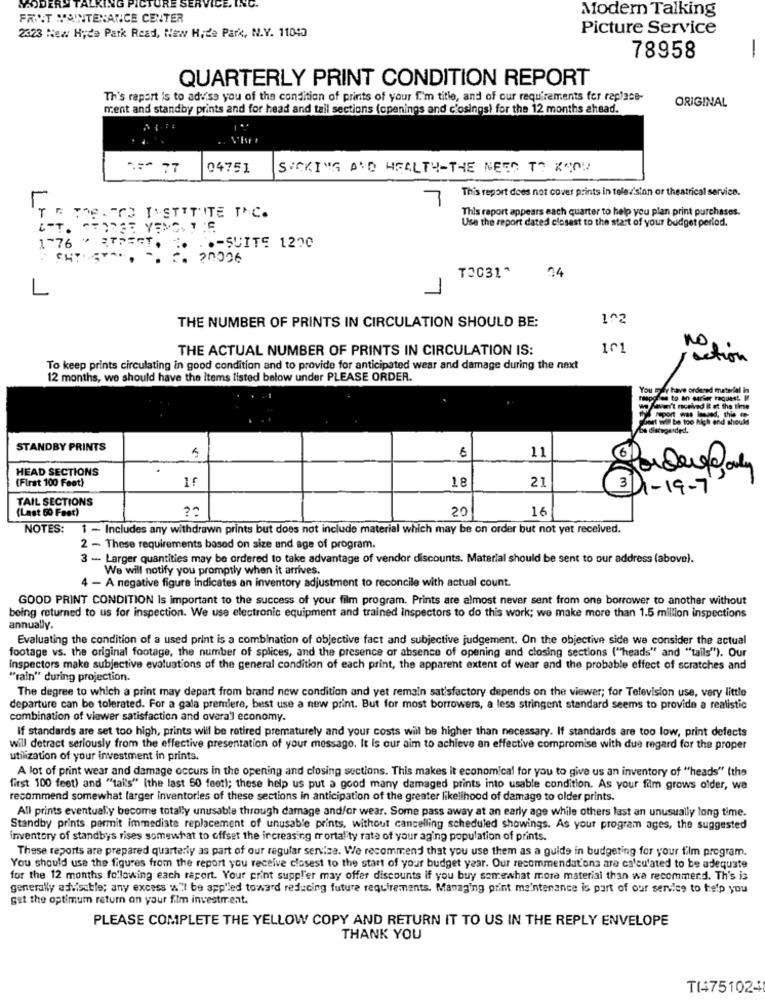
NG PICTURE SER
MODERS
ICE. INC.
Modern Talking
FRIST MAINTENANCE CENTER
2323 New Hyde Park Read, New Hide Park, N.Y. 11040
Picture Service
-
78958
QUARTERLY PRINT CONDITION REPORT
Th's repart is to advise you of the condition of prints of your f.'m title, and of our requirements for replace-
ORIGINAL
ment and standby prints and for head and tail sections (openings and c'osings) for the 12 months ahead.
N=" 77
04751
SUCKING AND HEALTH-THE NEED TO KNOU
This report does not cover prints in television or theatrical service.
7
This report appears each quarter to help you plan print purchases.
TOBAGO ISTTTITE INC.
Use the report dated closest to the start of your budget perlod.
1-76
.- SUITE 1200
-. 2. 20006
24
TO031^
1^2
THE NUMBER OF PRINTS IN CIRCULATION SHOULD BE:
THE ACTUAL NUMBER OF PRINTS IN CIRCULATION IS:
101
Notion
To keep prints circulating in good condition and to provide for anticipated wear and damage during the next
12 months, we should have the items listed below under PLEASE ORDER.
You may have ordered material In
respe des to an darker request
Kavur't received it at the time
report was landed, thie o
ut wil be too high and should
be disregarded.
STANDBY PRINTS
11
6
HEAD SECTIONS
18
21
(First 100 Feet)
3 1-19-7
TAIL SECTIONS
(Last 60 Fest)
20
16
NOTES: 1 - Includes any withdrawn prints but does not include material which may be on order but not yet received.
2 - These requirements based on size and age of program.
3 - Larger quantities may be ordered to take advantage of vendor discounts. Material should be sent to our address (above).
We will notify you promptly when it arrives.
4 - A negative figure indicates an inventory adjustment to reconcile with actual count.
GOOD PRINT CONDITION Is important to the success of your film program. Prints are almost never sent from one borrower to another without
being returned to us for inspection. We use electronic equipment and trained Inspectors to do this work; we make more than 1.5 million inspections
annually.
Evaluating the condition of a used print is a combination of objective fact and subjective judgement. On the objective side we consider the actual
footage vs. the original footage, the number of splices, and the presence or absence of opening and closing sections ("heads" and "tails"). Our
Inspectors make subjective evaluations of the general condition of each print, the apparent extent of wear and the probable effect of scratches and
"rain" during projection.
The degree to which a print may depart from brand new condition and yet remain satisfactory depends on the viewer; for Television use, very little
departure can be tolerated. For a gala premiere, best use a new print. But for most borrowers, a less stringent standard seems to provide a realistic
combination of viewer satisfaction and overall economy.
If standards are set too high, prints will be retired prematurely and your costs will be higher than necessary. If standards are too low, print defects
will detract seriously from the effective presentation of your messago. It Is our aim to achieve an effective compromise with due regard for the proper
utilization of your investment in prints.
A lot of print wear and damage occurs in the opening and closing sections. This makes it economical for you to give us an inventory of "heads" (the
first 100 feet) and "tai's" Ithe last 50 foot); these help us put a good many damaged prints into usable condition. As your film grows older, we
recommend somewhat farger inventorles of these sections in anticipation of the greater likelihood of damage to older prints.
All prints eventually become totally unusable through damage and/or wear. Some pass away at an early age while others last an unusually long time.
Standby prints pormit immediate replacement of unusable prints, without cancelling scheduled showings. As your program ages, the suggested
inventory of standbys rises somewhat to offset the increasing mortality rate of your aging population of prints.
These reports are prepared quarterly as part of our regular servisa. We recommend that you use them as a guide in budgeting for your film program.
You should use the figures from the report you receive closest to the start of your budget year. Our recommendations are calculated to be adequate
for the 12 months following each raport. Your print suppl'er may offer discounts if you buy somewhat more materiali than we recommend. Th's is
generally advisable; any excess w"l be app"led toward reducing future requirements. Managing print maintenance is part of our service to help you
get the optimum return on your film investment.
PLEASE COMPLETE THE YELLOW COPY AND RETURN IT TO US IN THE REPLY ENVELOPE
THANK YOU
T(4751024